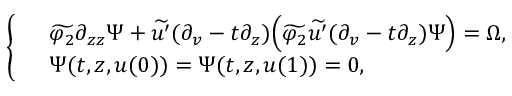
\left\{ \begin{array} { r l } & { \widetilde { \varphi _ { 2 } } \partial _ { z z } \Psi + \widetilde { u ^ { \prime } } ( \partial _ { v } - t \partial _ { z } ) \Big ( \widetilde { \varphi _ { 2 } } \widetilde { u ^ { \prime } } ( \partial _ { v } - t \partial _ { z } ) \Psi \Big ) = \Omega , } \\ & { \Psi ( t , z , u ( 0 ) ) = \Psi ( t , z , u ( 1 ) ) = 0 , } \end{array} \right.